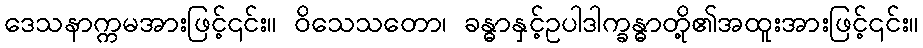
ဒေသနာက္ကမအားဖြင့်၎င်း။ ဝိသေသတော၊ ခန္ဓာနှင့်ဥပါဒါက္ခန္ဓာတို့၏အထူးအားဖြင့်၎င်း။